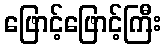
ဖြောင့်ဖြောင့်ကြီး